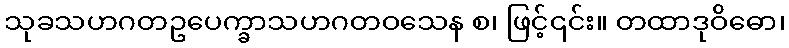
သုခသဟဂတဥပေက္ခာသဟဂတဝသေန စ၊ ဖြင့်၎င်း။ တထာဒုဝိဓော၊